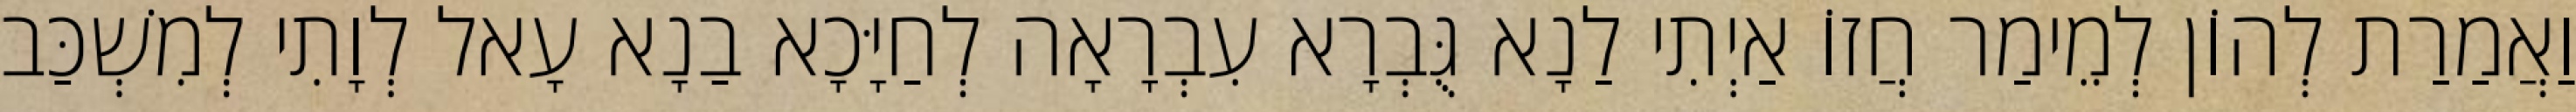
וַאֲמַרַת לְהוֹן לְמֵימַר חֲזוֹ אַיְתִי לַנָא גֻּבְרָא עִבְרָאָה לְחַיָּכָא בַנָא עָאל לְוָתִי לְמִשְׁכַּב